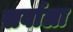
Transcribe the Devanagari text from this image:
सर्वाला